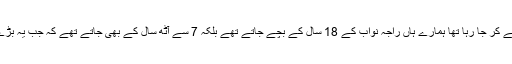
وہ 62 سال کی عمر میں بارات لے کر جا رہا تھا ہمارے ہاں راجہ نواب کے 18 سال کے بچے جاتے تھے بلکہ 7 سے آٹھ سال کے بھی جاتے تھے کہ جب یہ بڑے ہوں گے تو ان کی شادی ہو گی۔